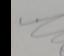
Signature authenticity: forged